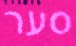
סער